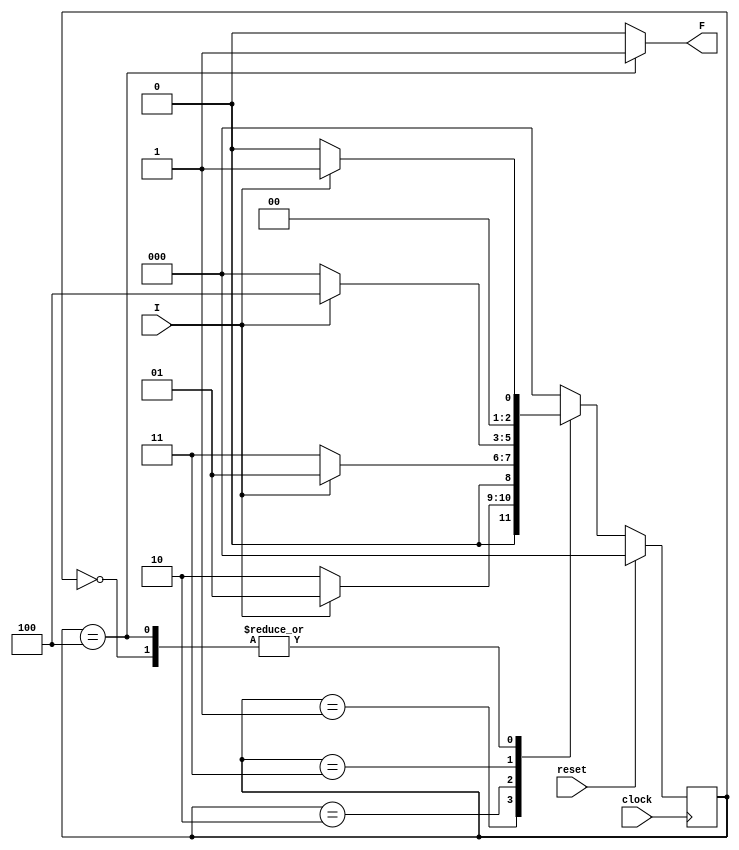
module Lab2(I,clock,reset,F);
input clock; // clock signal
input reset; // reset input
input I; // binary input
output reg F; // output of the sequence detector
parameter  S0=3'b000, // "S0" CS
S1=3'b001, // "S1" CS
S2=3'b010, // "S2" CS
S3=3'b011, // "OnceS0S1" CS
S4=3'b100;// "S4" CS
reg [2:0] CS, NS; // current CS and next CS
// sequential memory of the Moore FSM
always @(posedge clock)
begin
if(reset==1)
CS <= S0;// when reset=1, reset the CS of the FSM to "S0" CS
else
CS <= NS; // otherwise, next CS
end
// combinational logic of the Moore FSM
// to determine next CS
always @(CS,I)
begin
case(CS)
S0:begin
if(I==1)
NS = S1;
else
NS = S0;
end
//--------------
S1:begin
  if(I==0)
   NS = S2;
  else
   NS = S1;
 end
 S2:begin
  if(I==0)
   NS = S3;
  else
   NS = S1;
 end 
 S3:begin
  if(I==0)
   NS = S0;
  else
   NS = S4;
 end
 S4:begin
  if(I==0)
   NS = S0;
  else
   NS = S1;
end
//-------------------
default:NS = S0;
endcase
 F = (CS==S4)? 1:0;
end
endmodule